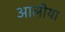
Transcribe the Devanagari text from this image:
आलीया